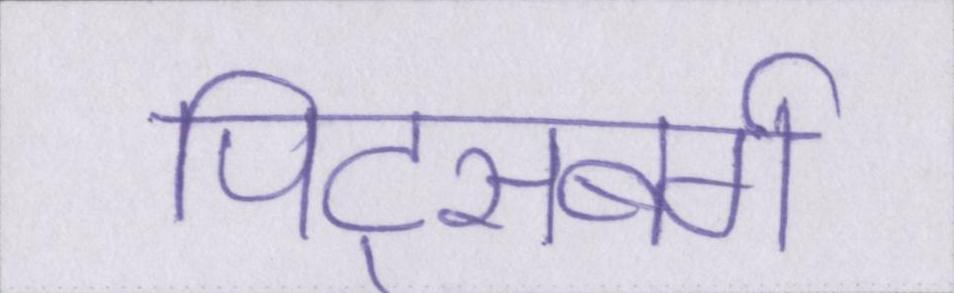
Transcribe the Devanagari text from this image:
पिट्सबर्ग